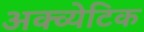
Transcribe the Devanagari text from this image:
अक्व्येटिक